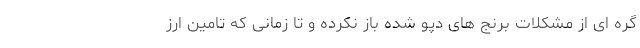
گره ای از مشکلات برنج های دپو شده باز نکرده و تا زمانی که تامین ارز